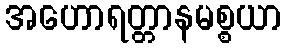
အဟောရတ္တာနမစ္စယာ